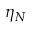
\eta _ { N }